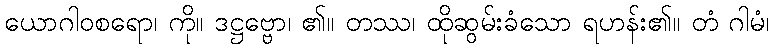
ယောဂါဝစရော၊ ကို။ ဒဋ္ဌဗ္ဗော၊ ၏။ တဿ၊ ထိုဆွမ်းခံသော ရဟန်း၏။ တံ ဂါမံ၊